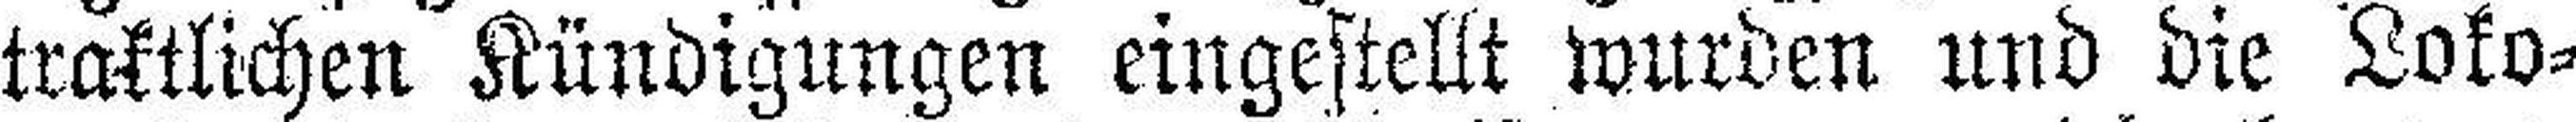
traktlichen Kündigungen eingestellt wurden und die Loko¬